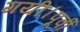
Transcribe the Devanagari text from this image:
गयी।पूर्वी